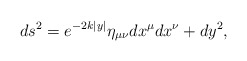
\begin{align*} ds^2 = e^{-2k|y|} \eta_{\mu\nu} dx^\mu dx^\nu + dy^2,\end{align*}